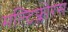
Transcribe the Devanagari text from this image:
मल्टिफ्लोरस